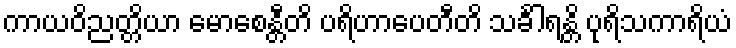
ကာယဝိညတ္တိယာ မောစေန္တီတိ ပရိဟာပေတီတိ သင်္ခါရန္တိ ပုရိသကာရိယံ